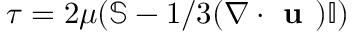
\boldsymbol { \tau } = 2 \mu ( \mathbb { S } - 1 / 3 ( \nabla \cdot \textbf { u } ) \mathbb { I } )